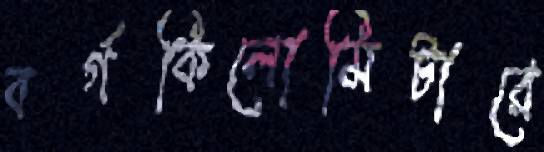
বর্গকিলোমিটারে